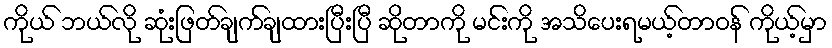
ကိုယ် ဘယ်လို ဆုံးဖြတ်ချက်ချထားပြီးပြီ ဆိုတာကို မင်းကို အသိပေးရမယ့်တာဝန် ကိုယ့်မှာ